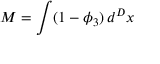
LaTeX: M = \int ( 1 - \phi _ { 3 } ) \, d ^ { D } x